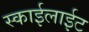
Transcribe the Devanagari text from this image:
स्काईलाईट